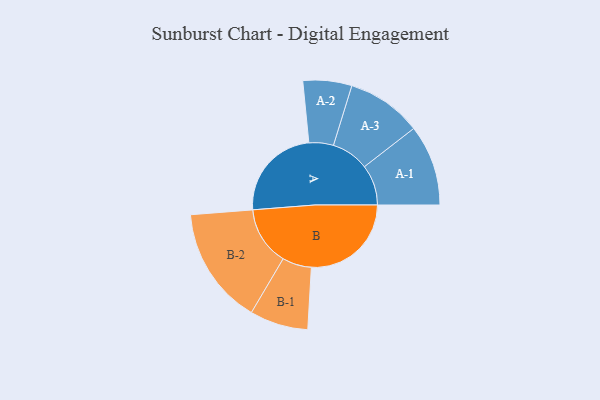
{"axis": {"x": "Segment", "y": "Value"}, "legend": ["", "A", "B"], "data": [{"x": "A", "y": 456, "type": ""}, {"x": "B", "y": 479, "type": ""}, {"x": "A-1", "y": 194, "type": "A"}, {"x": "A-2", "y": 117, "type": "A"}, {"x": "A-3", "y": 180, "type": "A"}, {"x": "B-1", "y": 140, "type": "B"}, {"x": "B-2", "y": 282, "type": "B"}]}